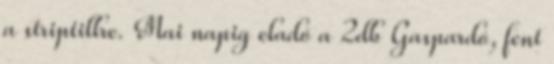
a striptillre. Mai napig eladó a 2db Gaspardó, fent